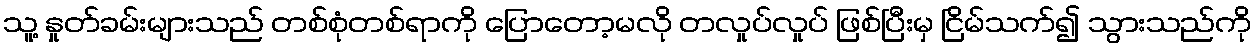
သူ့ နှုတ်ခမ်းများသည် တစ်စုံတစ်ရာကို ပြောတော့မလို တလှုပ်လှုပ် ဖြစ်ပြီးမှ ငြိမ်သက်၍ သွားသည်ကို